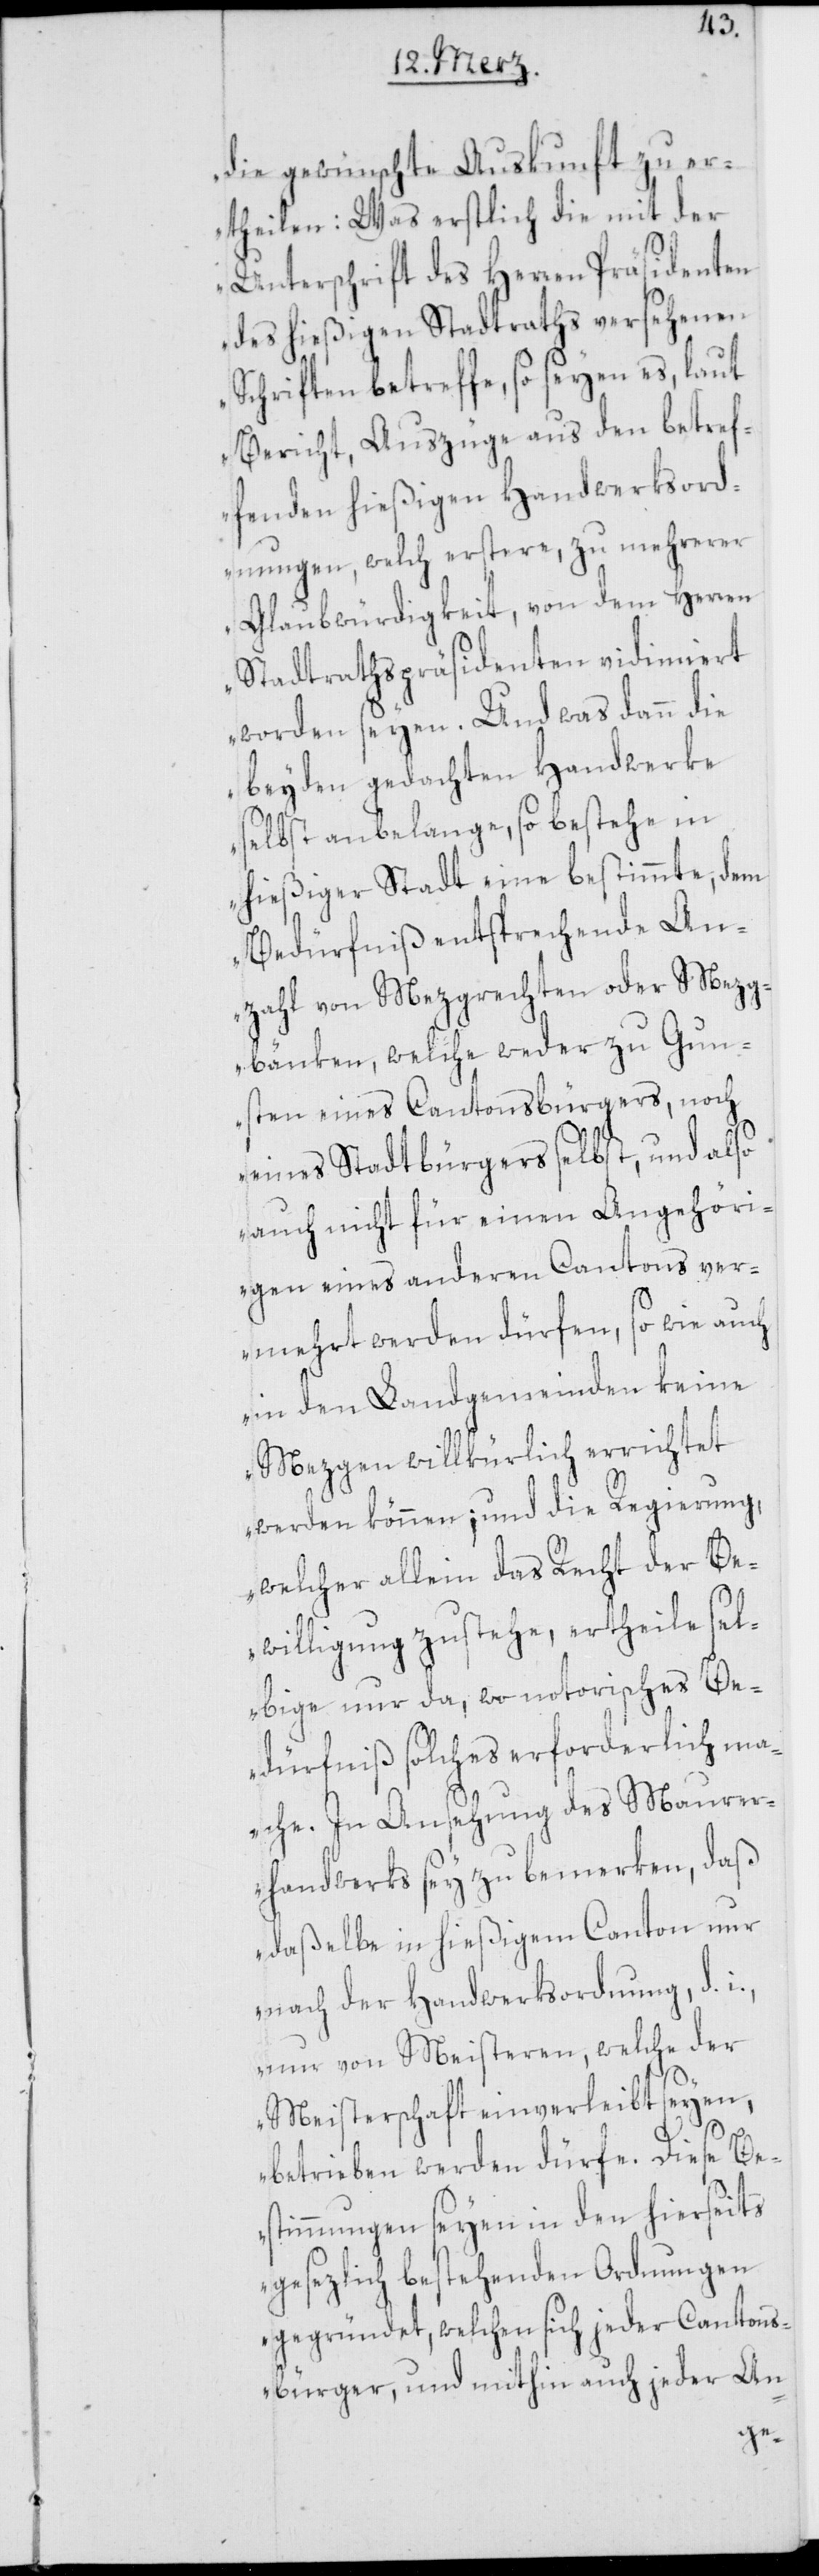
die gewünschte Auskunft zu er¬
theilen: Was erstlich die mit der
Unterschrift des Herren Präsidenten
des hießigen Stadtraths versehenen
Schriften betreffe, so seyen es, laut
Bericht, Auszüge aus den betref¬
fenden hießigen Handwerksord¬
nungen, welch erstere, zu mehrerer
Glaubwürdigkeit, von dem Herren
Stadtrathspräsidenten vidimiert
worden seyen. Und was dann die
beyden gedachten Handwerke
selbst anbelange, so bestehe in
hießiger Stadt eine bestimmte, dem
Bedürfniß entsprechende An¬
zahl von Mezgrechten oder Mezg¬
bänken, welche weder zu Gun¬
sten eines Cantonsbürgers, noch
eines Stadtbürgers selbst, und also
auch nicht für einen Angehöri¬
gen eines anderen Cantons ver¬
mehrt werden dürfen, sowie auch
in den Landgemeinden keine
Mezgen willkürlich errichtet
werden können; und die Regierung,
welcher allein das Recht der Be¬
willigung zustehe, ertheile sel¬
bige nur da, wo notorisches Be¬
dürfniß solches erforderlich ma¬
che. In Ansehung des Maurer¬
handwerks sey zu bemerken, daß
daßelbe in hießigem Canton nur
nach der Handwerksordnung, d.
nur von Meisteren, welche der
Meisterschaft einverleibt seyen,
betrieben werden dürfe. Diese Be¬
stimmungen seyen in den hierseits
gesezlich bestehenden Ordnungen
gegründet, welchen sich jeder Cantons¬
bürger, und mithin auch jeder An-